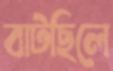
বাটছিলে